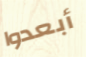
أبعدوا